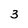
Character: 3